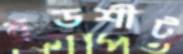
ব্রডশীট